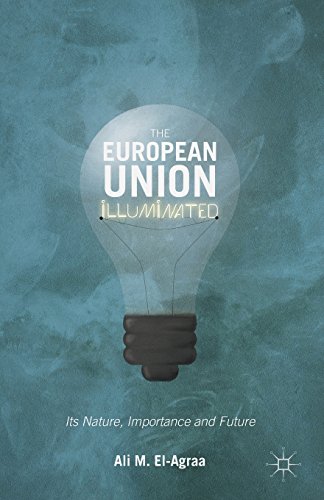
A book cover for The European Union Illuminated: Its Nature, Importance and Future; Ali El-Agraa; Business & Money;